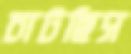
চাটছিস